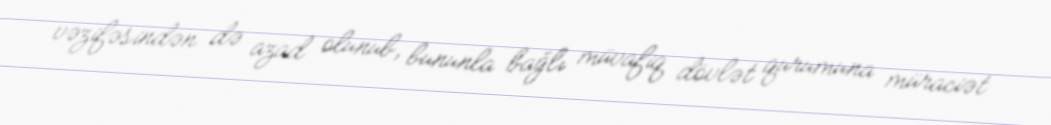
vəzifəsindən də azad olunub, bununla bağlı müvafiq dövlət qurumuna müraciət